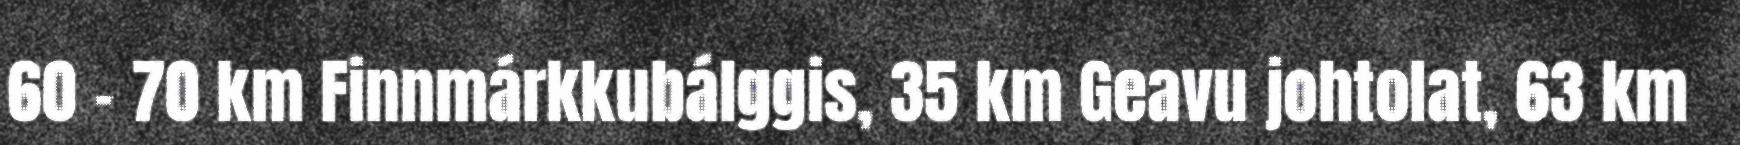
60 - 70 km Finnmárkkubálggis, 35 km Geavu johtolat, 63 km